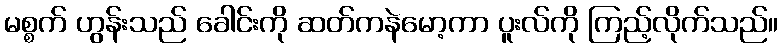
မစ္စက် ဟွန်းသည် ခေါင်းကို ဆတ်ကနဲမော့ကာ ပူးလ်ကို ကြည့်လိုက်သည်။